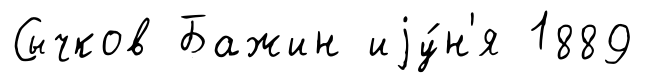
Сычков Бажин иjу́н'я 1889